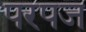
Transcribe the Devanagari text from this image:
परपज